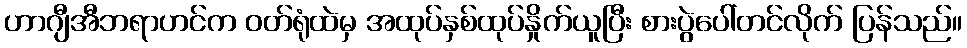
ဟာဂျီအီဘရာဟင်က ဝတ်ရုံထဲမှ အထုပ်နှစ်ထုပ်နှိုက်ယူပြီး စားပွဲပေါ်တင်လိုက် ပြန်သည်။